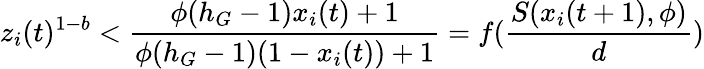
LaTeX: z_{i}(t)^{1-b}<\frac{\phi(h_{G}-1)x_{i}(t)+1}{\phi(h_{G}-1)(1-x_{i}(t))+1}=f(\frac{S(x_{i}(t+1),\phi)}{d})